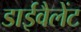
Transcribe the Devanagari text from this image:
डाईवैलेंट